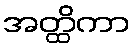
အတ္ထိကာ